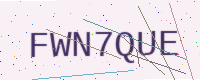
Text: FWN7QUE